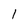
Character: 1